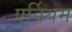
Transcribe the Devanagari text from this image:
एर्वियम